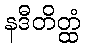
နဒီတိတ္ထံ